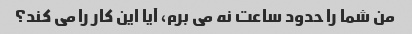
من شما را حدود ساعت نه می برم، آیا این کار را می کند؟